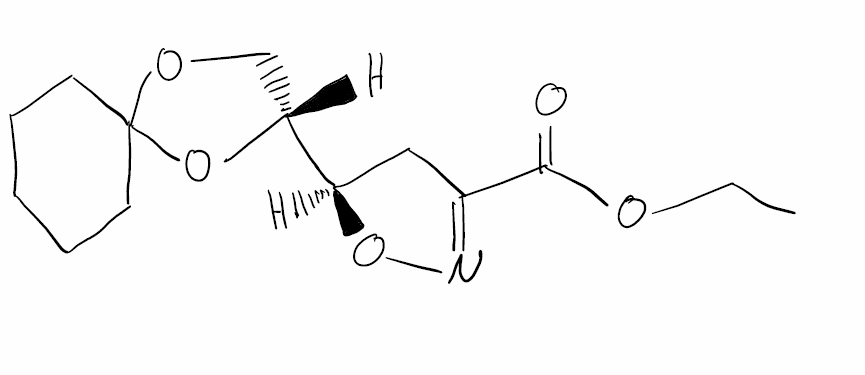
Simplified molecular-input line-entry system (SMILES) notation of the given molecule:
CCOC(=O)C1=NO[C@H](C1)[C@H]2COC3(O2)CCCCC3